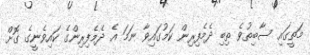
މަތީގައި ސާބިތުވެ ތިބި ދެމެފިރިން ކަމުގައިވާ ނަމަ އެ ދެމެފިރިންގެ ކައިވެނީގެ ގޮށް